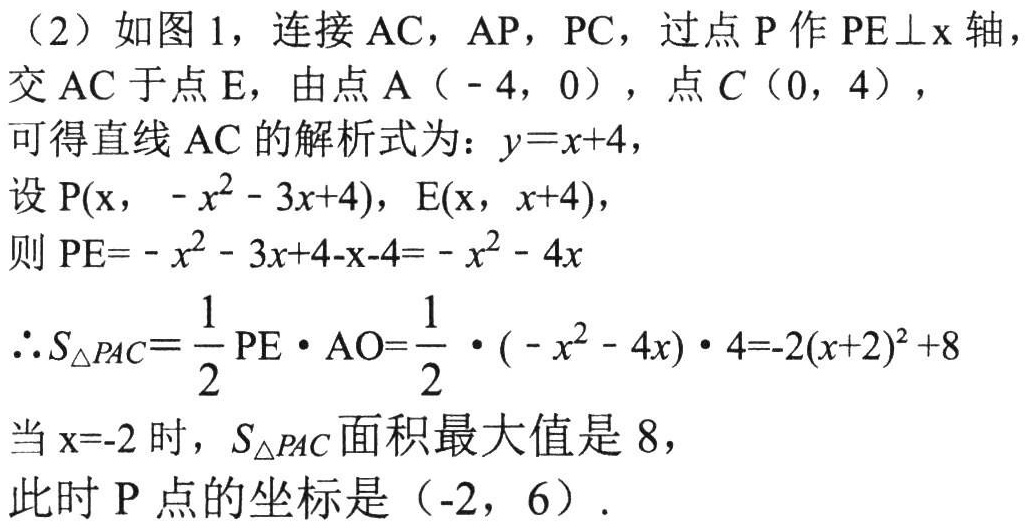
(2) 如图 1，连接 \(AC\)，\(AP\)，\(PC\)，过点 \(P\) 作 \(PE\perp x\) 轴，
交 \(AC\) 于点 \(E\)，由点 \(A(-4,0)\)，点 \(C(0,4)\)，
可得直线 \(AC\) 的解析式为：\(y = x + 4\)，
设 \(P(x,-x^{2}-3x + 4)\)，\(E(x,x + 4)\)，
则 \(PE=-x^{2}-3x + 4 - x - 4=-x^{2}-4x\)
\(\therefore S_{\triangle PAC}=\frac{1}{2}PE\cdot AO=\frac{1}{2}\cdot(-x^{2}-4x)\cdot4=-2(x + 2)^{2}+8\)
当 \(x = - 2\) 时，\(S_{\triangle PAC}\) 面积最大值是 \(8\)，
此时 \(P\) 点的坐标是 \((-2,6)\).